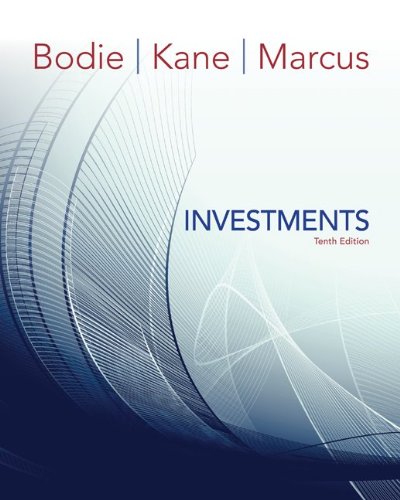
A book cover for Investments (McGraw-Hill/Irwin Series in Finance, Insurance, and Real Est); Zvi Bodie; Business & Money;